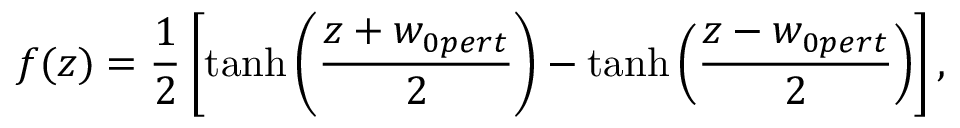
f ( z ) = \frac { 1 } { 2 } \left[ \operatorname { t a n h } \left( \frac { z + w _ { 0 p e r t } } { 2 } \right) - \operatorname { t a n h } \left( \frac { z - w _ { 0 p e r t } } { 2 } \right) \right] ,